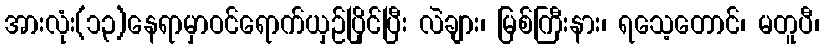
အားလုံး(၁၃)နေရာမှာဝင်ရောက်ယှဉ်ပြိုင်ပြီး လဲချား၊ မြစ်ကြီးနား၊ ရသေ့တောင်၊ မတူပီ၊